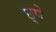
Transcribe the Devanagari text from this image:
छ्पे